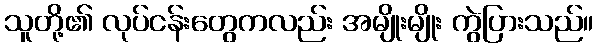
သူတို့၏ လုပ်ငန်းတွေကလည်း အမျိုးမျိုး ကွဲပြားသည်။